Vaccination in Burma 1889-1999 - 1889-1999
Year: 1889
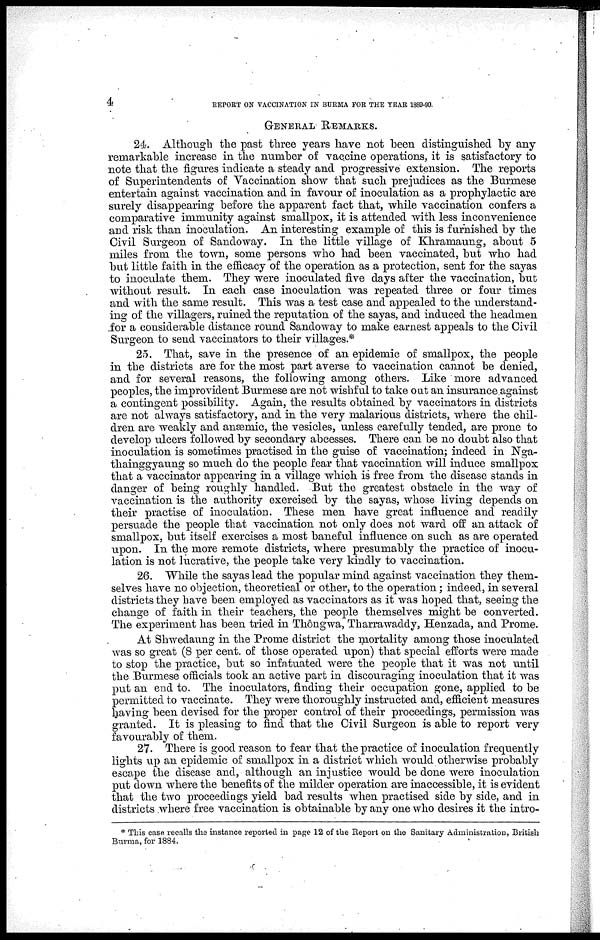
4
REPORT ON VACCINATION IN BURMA FOR THE YEAR 1889-90.
GENERAL REMARKS.
24. Although the past three years have not been distinguished by any
remarkable increase in the number of vaccine operations, it is satisfactory to
note that the figures indicate a steady and progressive extension. The reports
of Superintendents of Vaccination show that such prejudices as the Burmese
entertain against vaccination and in favour of inoculation as a prophylactic are
surely disappearing before the apparent fact that, while vaccination confers a
comparative immunity against smallpox, it is attended with less inconvenience
and risk than inoculation. An interesting example of this is furnished by the
Civil Surgeon of Sandoway. In the little village of Khramaung, about 5
miles from the town, some persons who had been vaccinated, but who had
but little faith in the efficacy of the operation as a protection, sent for the sayas
to inoculate them. They were inoculated five days after the vaccination, but
without result. In each case inoculation was repeated three or four times
and with the same result. This was a test case and appealed to the understand-
ing of the villagers, ruined the reputation of the sayas, and induced the headmen
for a considerable distance round Sandoway to make earnest appeals to the Civil
Surgeon to send vaccinators to their villages.*
25. That, save in the presence of an epidemic of smallpox, the people
in the districts are for the most part averse to vaccination cannot be denied,
and for several reasons, the following among others. Like more advanced
peoples, the improvident Burmese are not wishful to take out an insurance against
a contingent possibility. Again, the results obtained by vaccinators in districts
are not always satisfactory, and in the very malarious districts, where the chil-
dren are weakly and anæmic, the vesicles, unless carefully tended, are prone to
develop ulcers followed by secondary abcesses. There can be no doubt also that
inoculation is sometimes practised in the guise of vaccination; indeed in Nga-
thainggyaung so much do the people fear that vaccination will induce smallpox
that a vaccinator appearing in a village which is free from the disease stands in
danger of being roughly handled. But the greatest obstacle in the way of
vaccination is the authority exercised by the sayas, whose living depends on
their practise of inoculation. These men have great influence and readily
persuade the people that vaccination not only does not ward off an attack of
smallpox, but itself exercises a most baneful influence on such as are operated
upon. In the more remote districts, where presumably the practice of inocu-
lation is not lucrative, the people take very kindly to vaccination.
26. While the sayas lead the popular mind against vaccination they them-
selves have no objection, theoretical or other, to the operation; indeed, in several
districts they have been employed as vaccinators as it was hoped that, seeing the
change of faith in their teachers, the people themselves might be converted.
The experiment has been tried in Thôngwa, Tharrawaddy, Henzada, and Prome.
At Shwedaung in the Prome district the mortality among those inoculated
was so great (8 per cent. of those operated upon) that special efforts were made
to stop the practice, but so infatuated were the people that it was not until
the Burmese officials took an active part in discouraging inoculation that it was
put an end to. The inoculators, finding their occupation gone, applied to be
permitted to vaccinate. They were thoroughly instructed and, efficient measures
having been devised for the proper control of their proceedings, permission was
granted. It is pleasing to find that the Civil Surgeon is able to report very
favourably of them.
27. There is good reason to fear that the practice of inoculation frequently
lights up an epidemic of smallpox in a district which would otherwise probably
escape the disease and, although an injustice would be done were inoculation
put down where the benefits of the milder operation are inaccessible, it is evident
that the two proceedings yield bad results when practised side by side, and in
districts where free vaccination is obtainable by any one who desires it the intro¬
* This case recalls the instance reported in page 12 of the Report on the Sanitary Administration, British
Burma, for 1884.